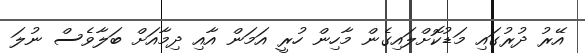
އޭރު ދުރުގައި މަޑުކޮށްލައިގެން މާހިން ހުރީ އަމަން އާއި ދިމާއަށް ބަލާވެސް ނުލަ